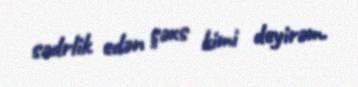
sədrlik edən şəxs kimi deyirəm.